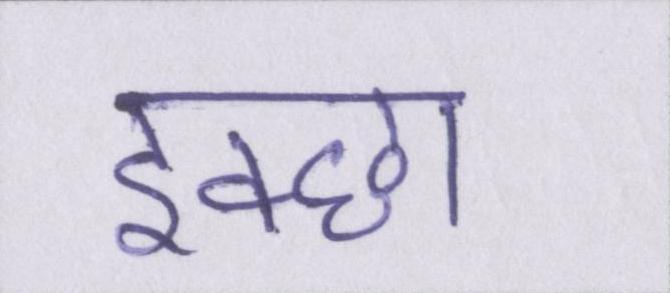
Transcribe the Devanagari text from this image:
इक्छा